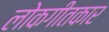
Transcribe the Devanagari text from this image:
लोकगीतकार